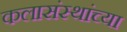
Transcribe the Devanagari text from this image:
कलासंस्थांच्या